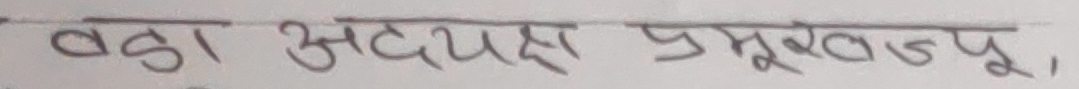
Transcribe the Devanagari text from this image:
बदा अध्यक्ष प्रमुखज्यू,